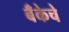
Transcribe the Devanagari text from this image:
बॅँकेचे